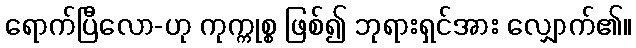
ရောက်ပြီလော-ဟု ကုက္ကုစ္စ ဖြစ်၍ ဘုရားရှင်အား လျှောက်၏။